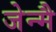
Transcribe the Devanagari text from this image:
जेन्मै